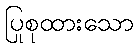
ပြုစုထားသော